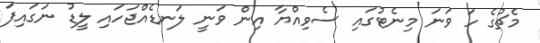
މެޗުގެ ހަ ވަނަ މިނެޓުގައި ސެވިއްޔާ އިން ވަނީ ލަނޑެއްޖަހައި ލީޑު ނަގައިފަ